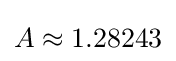
A\approx 1.28243